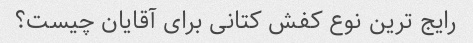
رایج ترین نوع کفش کتانی برای آقایان چیست؟